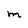
Character: M